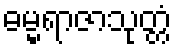
ဓမ္မရာဇာသုတ္တံ